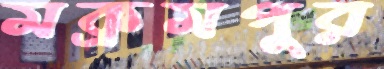
মক্রমপুর